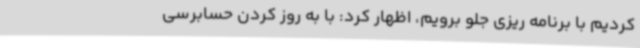
کردیم با برنامه ریزی جلو برویم، اظهار کرد: با به روز کردن حسابرسی